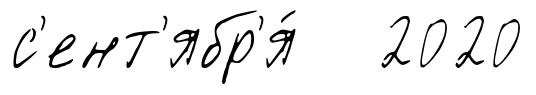
с'ент'ябр'я́ 2020